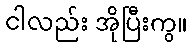
ငါလည်း အိုပြီးကွ။